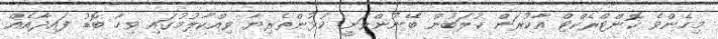
މިހެންވެ ކޮންޓްރެކްޓް އާކުރަން ކުލަބުން ބޭނުންވަނީ ކުޅުންތެރިޔާ ވިއްކާލުމުގައި ވިހާ ބޮޑު ފައިދާއެއް